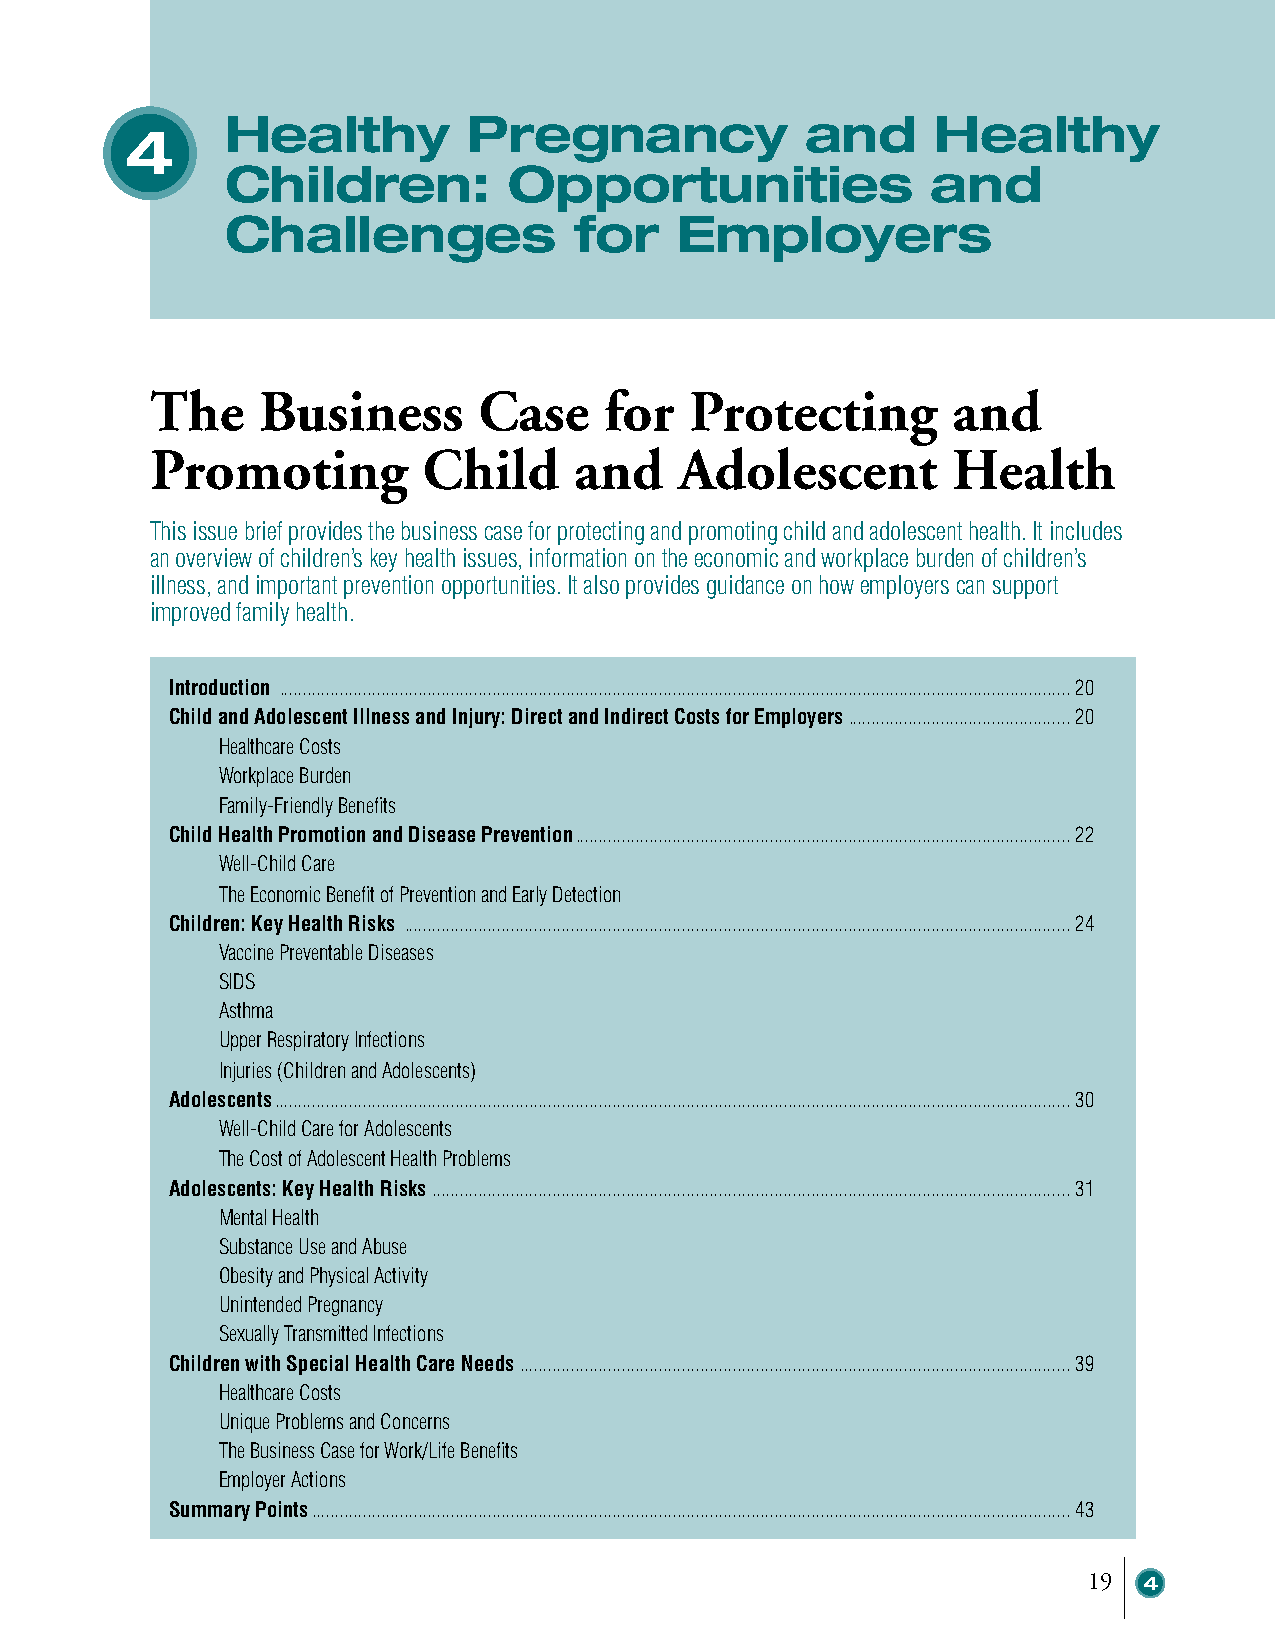
Healthy         Pregnancy             and      Healthy
 4
 Children:          Opportunities               and
 Challenges             for    Employers
 The    Business       Case    for   Protecting       and
 Promoting         Child     and    Adolescent        Health
 This issue brief provides the business case for protecting and promoting child and adolescent health. It includes
 an overview of children’s key health issues, information on the economic and workplace burden of children’s
 illness, and important prevention opportunities. It also provides guidance on how employers can support
 improved family health.
 Introduction ........................................................................................................................................................................... 20
 Child and Adolescent Illness and Injury: Direct and Indirect Costs for Employers ................................................ 20
 Healthcare Costs
 Workplace Burden
 Family-Friendly Benefits
 Child Health Promotion and Disease Prevention ........................................................................................................... 22
 Well-Child Care
 The Economic Benefit of Prevention and Early Detection
 Children: Key Health Risks ................................................................................................................................................ 24
 Vaccine Preventable Diseases
 SIDS
 Asthma
 Upper Respiratory Infections
 Injuries (Children and Adolescents)
 Adolescents ............................................................................................................................................................................ 30
 Well-Child Care for Adolescents
 The Cost of Adolescent Health Problems
 Adolescents: Key Health Risks .......................................................................................................................................... 31
 Mental Health
 Substance Use and Abuse
 Obesity and Physical Activity
 Unintended Pregnancy
 Sexually Transmitted Infections
 Children with Special Health Care Needs ....................................................................................................................... 39
 Healthcare Costs
 Unique Problems and Concerns
 The Business Case for Work/Life Benefits
 Employer Actions
 Summary Points .................................................................................................................................................................... 43
 19  4